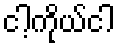
ငါ့ကိုယ်ငါ